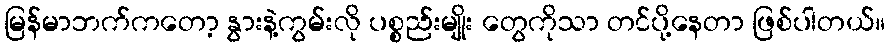
မြန်မာဘက်ကတော့ နွားနဲ့ကွမ်းလို ပစ္စည်းမျိုး တွေကိုသာ တင်ပို့နေတာ ဖြစ်ပါတယ်။